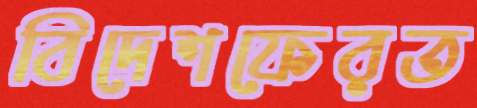
বিদেশফেরত